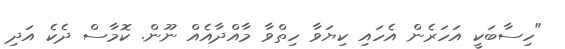
"ހިސާބަކީ އަހަރެން އެހައި ކިޔަވާ ހިތްވާ މާއްދާއެއް ނޫން. ކޮމާސް ދެކެ އަދި